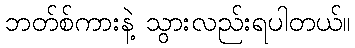
ဘတ်စ်ကားနဲ့ သွားလည်းရပါတယ်။